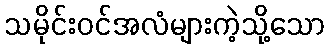
သမိုင်းဝင်အလံများကဲ့သို့သော